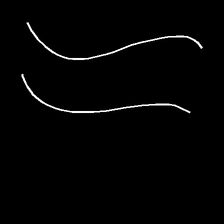
Glyph: float